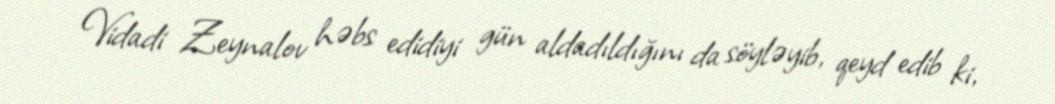
Vidadi Zeynalov həbs edidiyi gün aldadıldığını da söyləyib, qeyd edib ki,